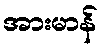
အားမာန်